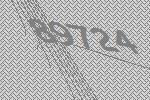
89724